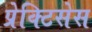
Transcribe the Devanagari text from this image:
प्रेक्टिसेस